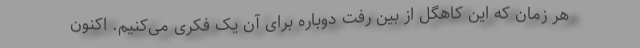
هر زمان که این کاهگل از بین رفت دوباره برای آن یک فکری می‌کنیم. اکنون